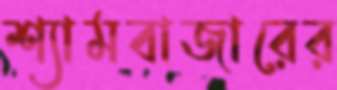
শ্যামবাজারের